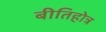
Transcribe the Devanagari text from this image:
बीतिहोत्र